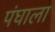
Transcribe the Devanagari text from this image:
पंघाला